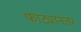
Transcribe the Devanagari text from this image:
फाट्यानंतर